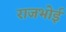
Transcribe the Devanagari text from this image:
राजभोई